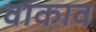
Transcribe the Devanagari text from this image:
वाकाव